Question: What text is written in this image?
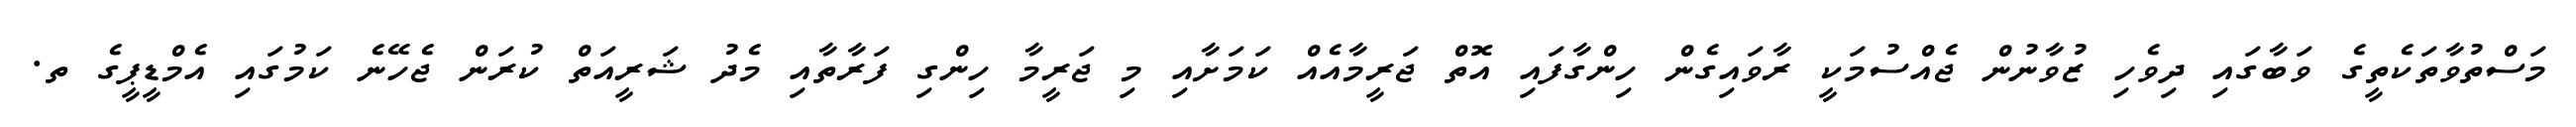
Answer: މަސްތުވާތަކެތީގެ ވަބާގައި ދިވެހި ޒުވާނުން ޖެއްސުމަކީ ރާވައިގެން ހިންގާފައި އޮތް ޖަރީމާއެއް ކަމަށާއި މި ޖަރީމާ ހިންގި ފަރާތާއި މެދު ޝަރީއަތް ކުރަން ޖެހޭނެ ކަމުގައި އެމްޑީޕީގެ ތ.